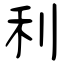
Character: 利